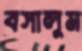
বসালুম